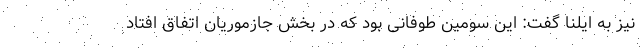
نیز به ایلنا گفت: این سومین طوفانی بود که در بخش جازموریان اتفاق افتاد